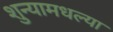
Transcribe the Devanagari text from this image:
शुन्यामधल्या